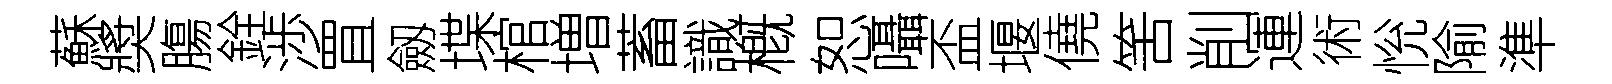
蘇奬膓銓渉罝劔堞棺増蓄識槪恕囁盃堰僥筈削運術恱隃準